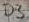
Text: D3